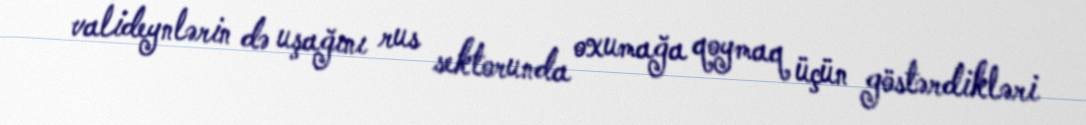
valideynlərin də uşağını rus sektorunda oxumağa qoymaq üçün göstərdikləri